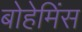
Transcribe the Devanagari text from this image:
बोहेमिंस